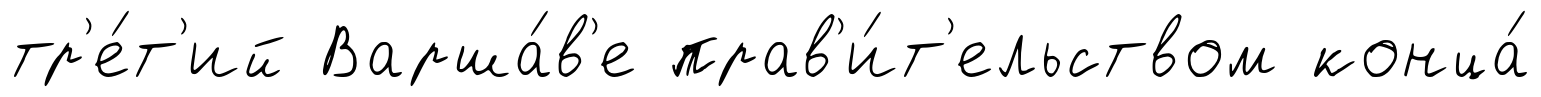
тр'е́т'ий Варша́в'е прав'и́т'ельством конца́